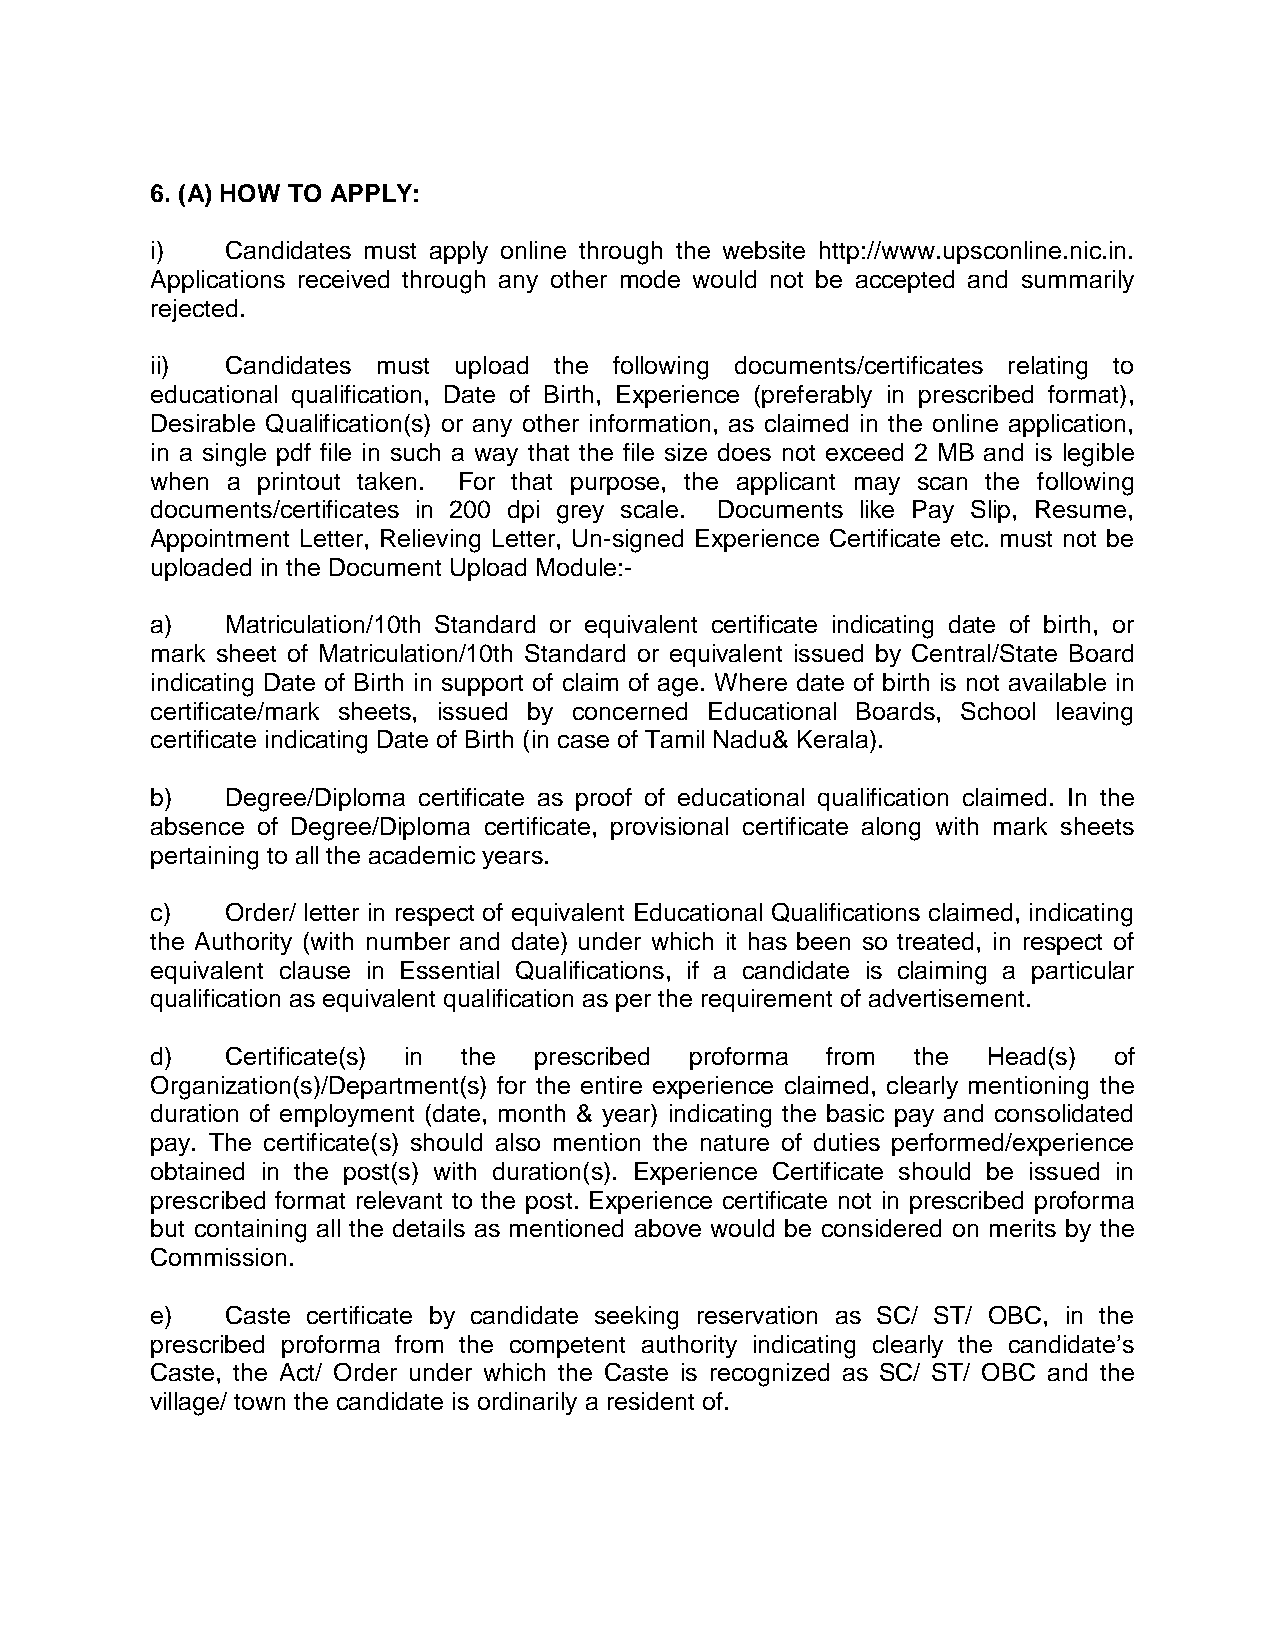
6. (A) HOW TO APPLY:
 i)   Candidates must apply online through the website http://www.upsconline.nic.in.
 Applications received through any other mode would not be accepted and summarily
 rejected.
 ii)  Candidates must upload the following documents/certificates relating to
 educational qualification, Date of Birth, Experience (preferably in prescribed format),
 Desirable Qualification(s) or any other information, as claimed in the online application,
 in a single pdf file in such a way that the file size does not exceed 2 MB and is legible
 when a printout taken. For that purpose, the applicant may scan the following
 documents/certificates in 200 dpi grey scale. Documents like Pay Slip, Resume,
 Appointment Letter, Relieving Letter, Un-signed Experience Certificate etc. must not be
 uploaded in the Document Upload Module:-
 a)   Matriculation/10th Standard or equivalent certificate indicating date of birth, or
 mark sheet of Matriculation/10th Standard or equivalent issued by Central/State Board
 indicating Date of Birth in support of claim of age. Where date of birth is not available in
 certificate/mark sheets, issued by concerned Educational Boards, School leaving
 certificate indicating Date of Birth (in case of Tamil Nadu& Kerala).
 b)   Degree/Diploma certificate as proof of educational qualification claimed. In the
 absence of Degree/Diploma certificate, provisional certificate along with mark sheets
 pertaining to all the academic years.
 c)   Order/ letter in respect of equivalent Educational Qualifications claimed, indicating
 the Authority (with number and date) under which it has been so treated, in respect of
 equivalent clause in Essential Qualifications, if a candidate is claiming a particular
 qualification as equivalent qualification as per the requirement of advertisement.
 d)   Certificate(s) in the prescribed proforma from the Head(s) of
 Organization(s)/Department(s) for the entire experience claimed, clearly mentioning the
 duration of employment (date, month & year) indicating the basic pay and consolidated
 pay. The certificate(s) should also mention the nature of duties performed/experience
 obtained in the post(s) with duration(s). Experience Certificate should be issued in
 prescribed format relevant to the post. Experience certificate not in prescribed proforma
 but containing all the details as mentioned above would be considered on merits by the
 Commission.
 e)   Caste certificate by candidate seeking reservation as SC/ ST/ OBC, in the
 prescribed proforma from the competent authority indicating clearly the candidate’s
 Caste, the Act/ Order under which the Caste is recognized as SC/ ST/ OBC and the
 village/ town the candidate is ordinarily a resident of.